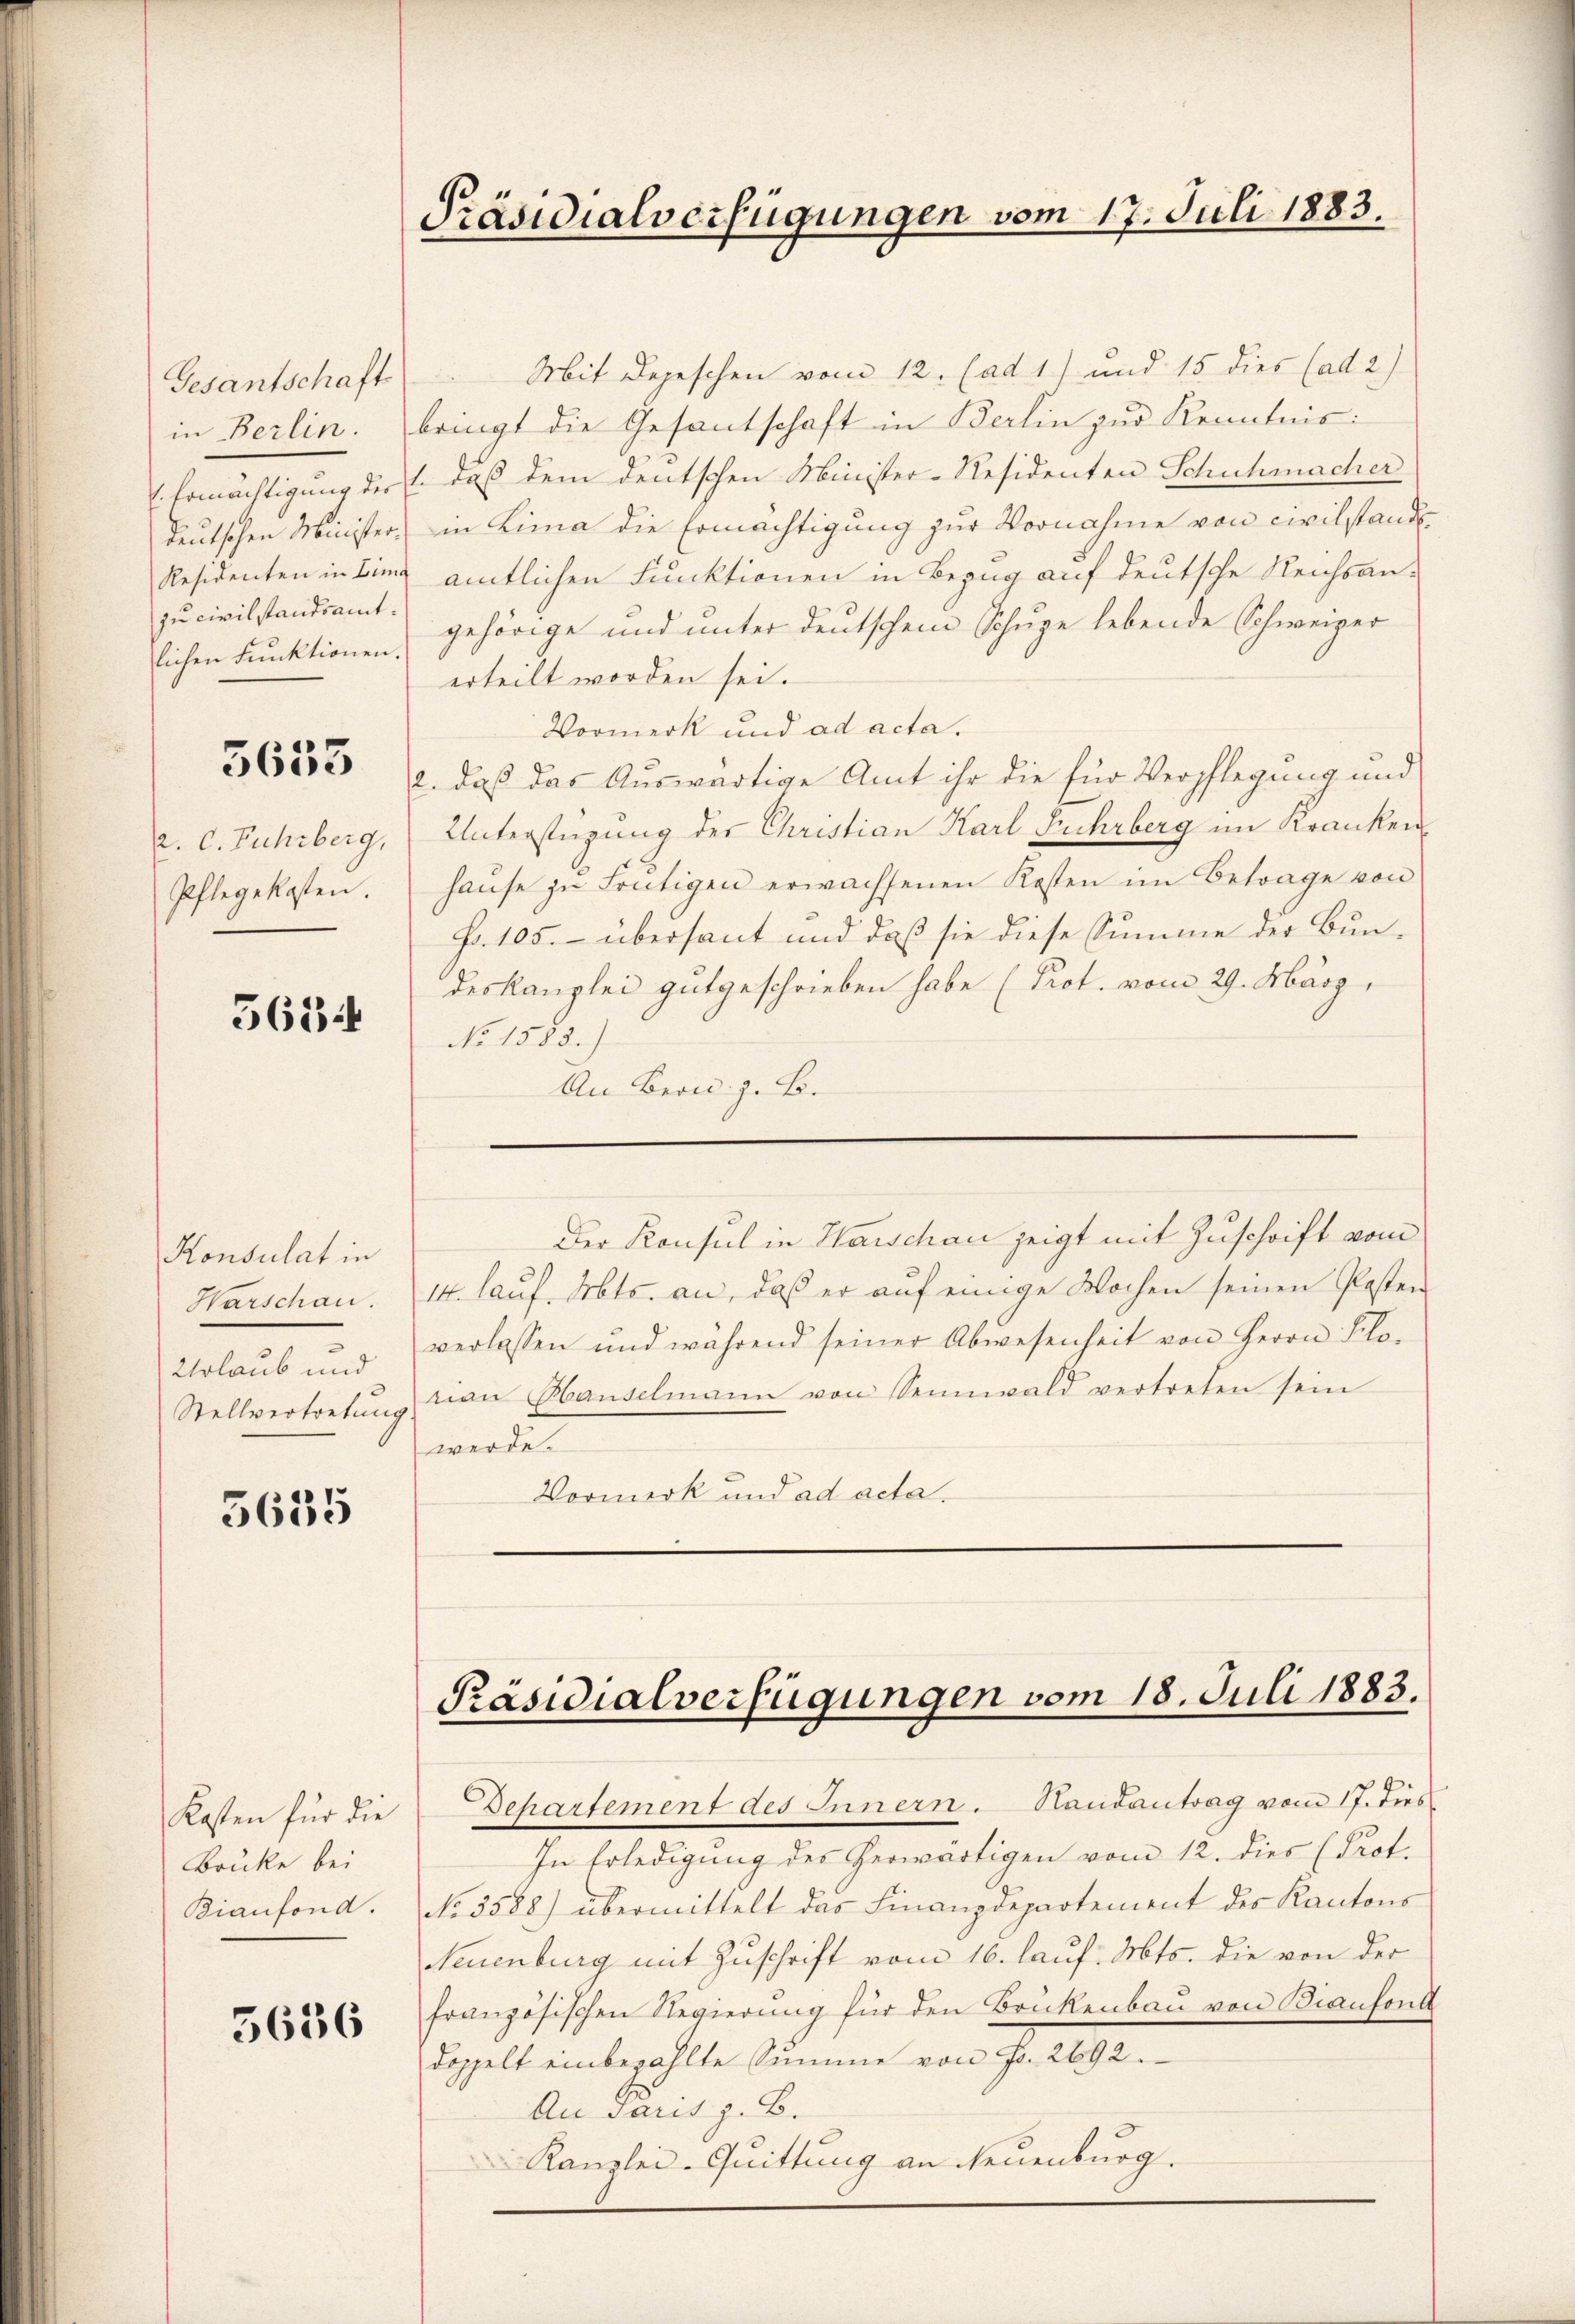
Gesantschaft
in Berlin.
zu civilstandsamt.

3653

Pflegekosten.

5634

Konsulat in
Warschau.
Urlaub und

5635

Kasten für die
Brücke bei
Bianfond.

5636

Mit Depeschen vom 12. (ad 1) und 15 dies (ad 2)
bringt die Gesantschaft in Berlin zur Kenntnis:
 Ermächtigung der 1. daß dem deutschen Minister-Residenten Schuhmacher
deutschen Minister, in Lima die Ermächtigung zur Vornahme von civilstand
Residenten in Ling amtlichen Funktionen in Bezug auf deutsche Reichsanlichen Funktionen, gehörige und unter deutschem Schupe lebende Schweizer
erteilt worden sei.
Vormerk und ad acta.
2. daß das Auswärtige Amt ihr die für Verpflegung und
a. C. Fuhrberg, Unterstüzung der Christian Karl Fuhrberg im Kranken
haŭse zŭ heŭtigen erwachsenen Kosten im Betrage von
Fr. 105. übersaut und daß sie diese Summe der Bundeskanzlei gutgeschrieben habe (Prot. vom 29. März,
No 1583.)
An Bron: z. B.

Präsidialverfügungen vom 17. Juli 1883.

I4. lauf. Mts. an, daß er auf einige Wochen seinen Posten
verlassen und während seiner Abwesenheit von Herrn Solo-
Stellvertretŭng von Ebenselmann von Sennwald vertreten sein
werde.
Vormerk und ad acta.

Der Konsul in Warschau zeigt mit Zuschrift vom

Präsidialverfügungen vom 18. Juli 1883.

Dehartement des Innern. Handantrag vom 17. dies
In Erledigung des herwärtigen vom 12. dies (Prot.
No 3588) übermittelt das Finanzdepartement des Kantons
Neuenburg mit Zuschrift vom 16. lauf. Mts. die von der
französischen Regierung für den Brückenbau von Biansond
doppelt einbezahlte Summe von Fr. 2692.
An Paris z. B.
Kanzlei- Quittung an Neuenburg.